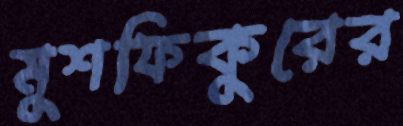
মুশফিকুরের